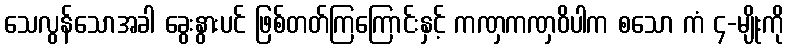
သေလွန်သောအခါ ခွေးနွားပင် ဖြစ်တတ်ကြကြောင်းနှင့် ကဏှကဏှဝိပါက စသော ကံ ၄-မျိုးကို